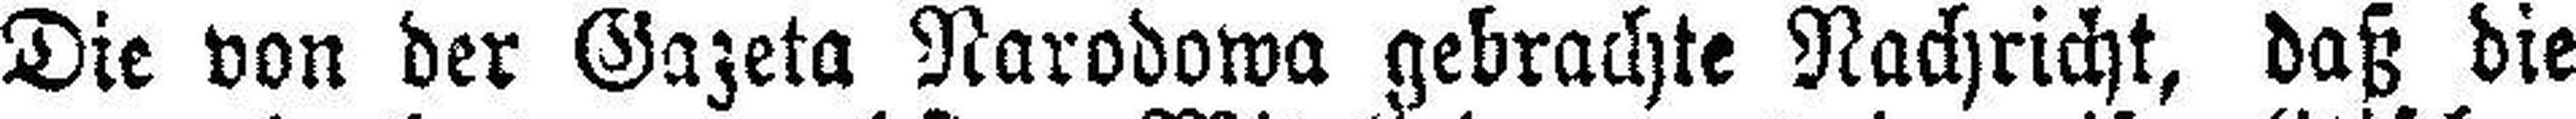
Die von der Gazeta Narodowa gebrachte Nachricht, daß die